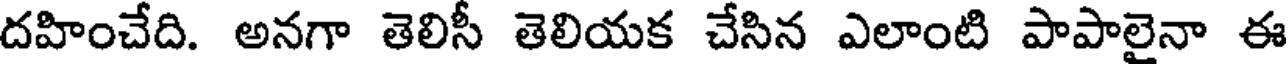
దహించేది. అనగా తెలిసీ తెలియక చేసిన ఎలాంటి పాపాలైనా ఈ